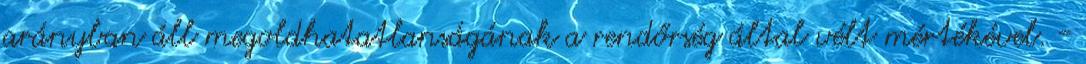
arányban áll megoldhatatlanságának a rendőrség által vélt mértékével. -